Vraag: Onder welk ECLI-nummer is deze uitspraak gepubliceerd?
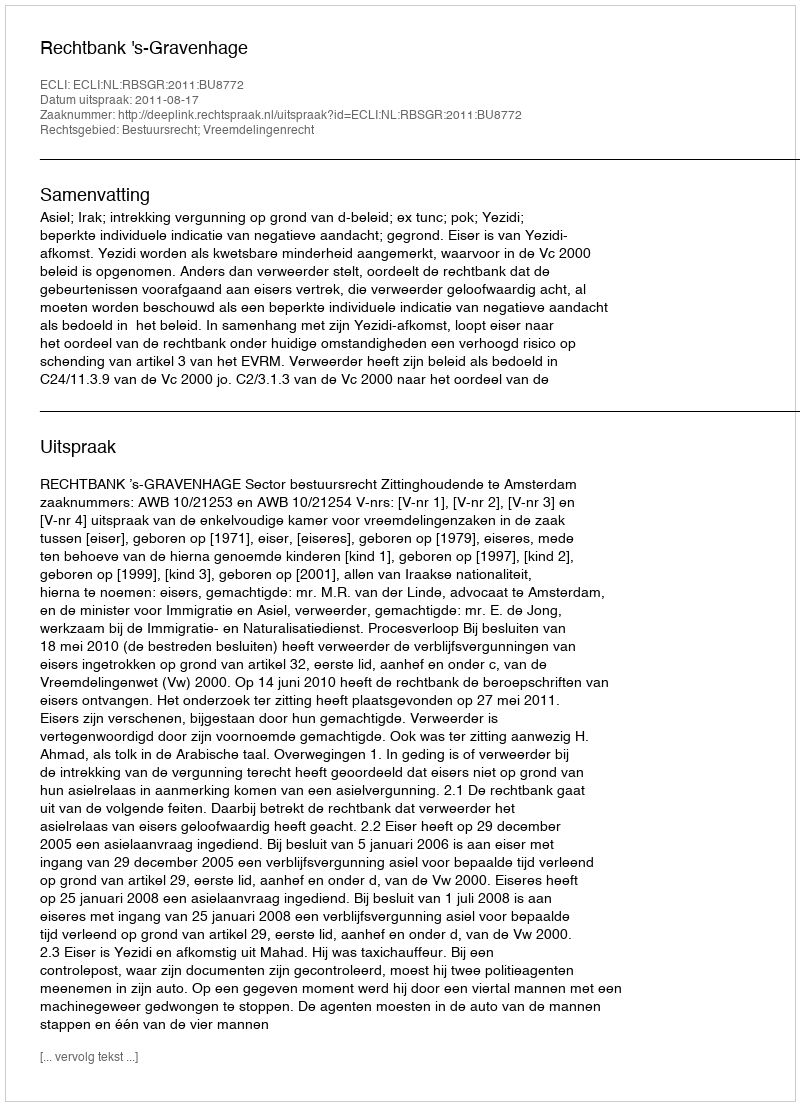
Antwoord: ECLI:NL:RBSGR:2011:BU8772